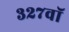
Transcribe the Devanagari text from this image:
३२७वॉ